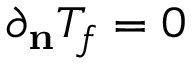
\partial _ { \mathbf { n } } T _ { f } = 0